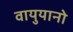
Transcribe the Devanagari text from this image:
वायुयानो